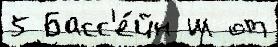
5 Басс'е́йн ш от